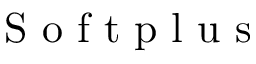
\mathrm { ~ S ~ o ~ f ~ t ~ p ~ l ~ u ~ s ~ }